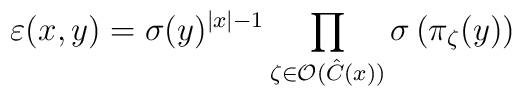
\varepsilon (x,y)=\sigma (y)^{\left| x\right| -1}\prod _{\zeta \in \mathcal{O}(\hat{C}(x))}\sigma \left( \pi _{\zeta }(y)\right)